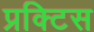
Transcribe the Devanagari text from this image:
प्रक्‍टिस